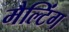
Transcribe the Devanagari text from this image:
मैल्टिंग